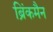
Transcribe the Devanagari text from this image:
ब्रिंकमैन